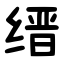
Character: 缙